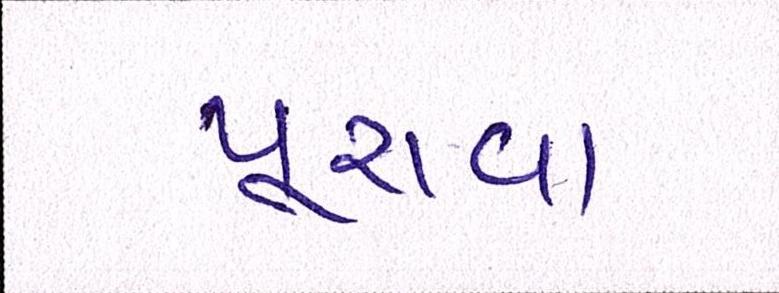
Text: પૂરાવા